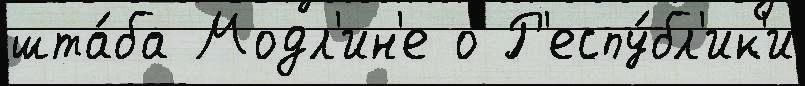
шта́ба Модл'ин'е о Р'еспу́бл'ик'и